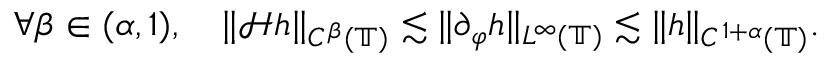
\forall \beta \in ( \alpha , 1 ) , \quad \| \mathcal { H } h \| _ { C ^ { \beta } ( \mathbb { T } ) } \lesssim \| \partial _ { \varphi } h \| _ { L ^ { \infty } ( \mathbb { T } ) } \lesssim \| h \| _ { C ^ { 1 + \alpha } ( \mathbb { T } ) } .